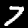
Digit: 7